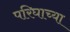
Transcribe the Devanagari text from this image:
परिघाच्या